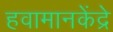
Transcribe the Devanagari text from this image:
हवामानकेंद्रे